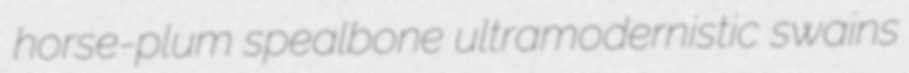
horse-plum spealbone ultramodernistic swains